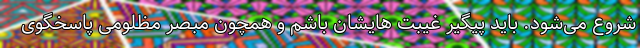
شروع می‌شود. باید پیگیر غیبت هایشان باشم و همچون مبصر مظلومی پاسخگوی